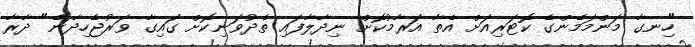
"ހިނގާ މަންމަމެންގެ ކޮޓަރިއަށް އެތާ އަރާމުކޮށް ނިދާލާފައި ތެދުވަނިކޮށް ގައިގާ ވަރުޖެހިދާނެ" ދާރާ